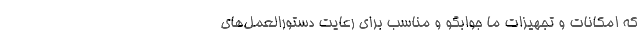
که امکانات و تجهیزات ما جوابگو و مناسب برای رعایت دستورالعمل‌های